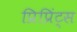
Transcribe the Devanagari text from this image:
प्रिप्रिंट्स